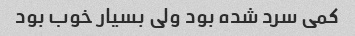
کمی سرد شده بود ولی بسیار خوب بود